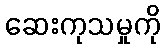
ဆေးကုသမှုကို